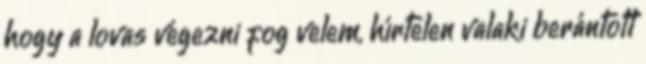
hogy a lovas végezni fog velem, hírtelen valaki berántott